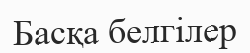
Басқа белгілер